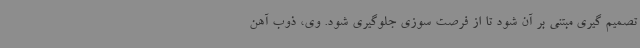
تصمیم گیری مبتنی بر آن شود تا از فرصت سوزی جلوگیری شود. وی، ذوب آهن